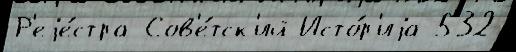
Р'еjе́стра Сов'е́тск'ий Исто́р'иjа 532